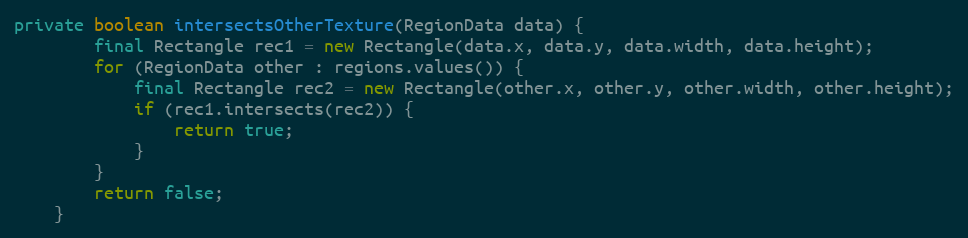
Language: Java
private boolean intersectsOtherTexture(RegionData data) {
        final Rectangle rec1 = new Rectangle(data.x, data.y, data.width, data.height);
        for (RegionData other : regions.values()) {
            final Rectangle rec2 = new Rectangle(other.x, other.y, other.width, other.height);
            if (rec1.intersects(rec2)) {
                return true;
            }
        }
        return false;
    }